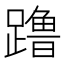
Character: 𬧔